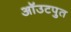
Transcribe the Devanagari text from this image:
ऑउटपुत